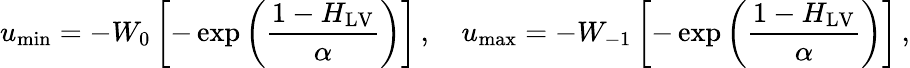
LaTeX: u_{\operatorname*{min}}=-W_{0}\left[-\exp\left(\frac{1-H_{\mathrm{LV}}}{\alpha}\right)\right]\, ,\quad u_{\operatorname*{max}}=-W_{-1}\left[-\exp\left(\frac{1-H_{\mathrm{LV}}}{\alpha}\right)\right]\, ,